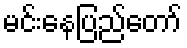
မင်းနေပြည်တော်